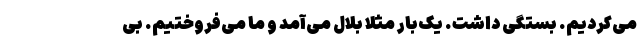
می‌کردیم. بستگی داشت. یک‌بار مثلا بلال می‌آمد و ما می‌فروختیم. بی